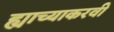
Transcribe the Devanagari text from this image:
ह्याच्याकरवी